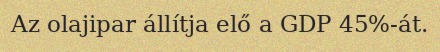
Az olajipar állítja elő a GDP 45%-át.